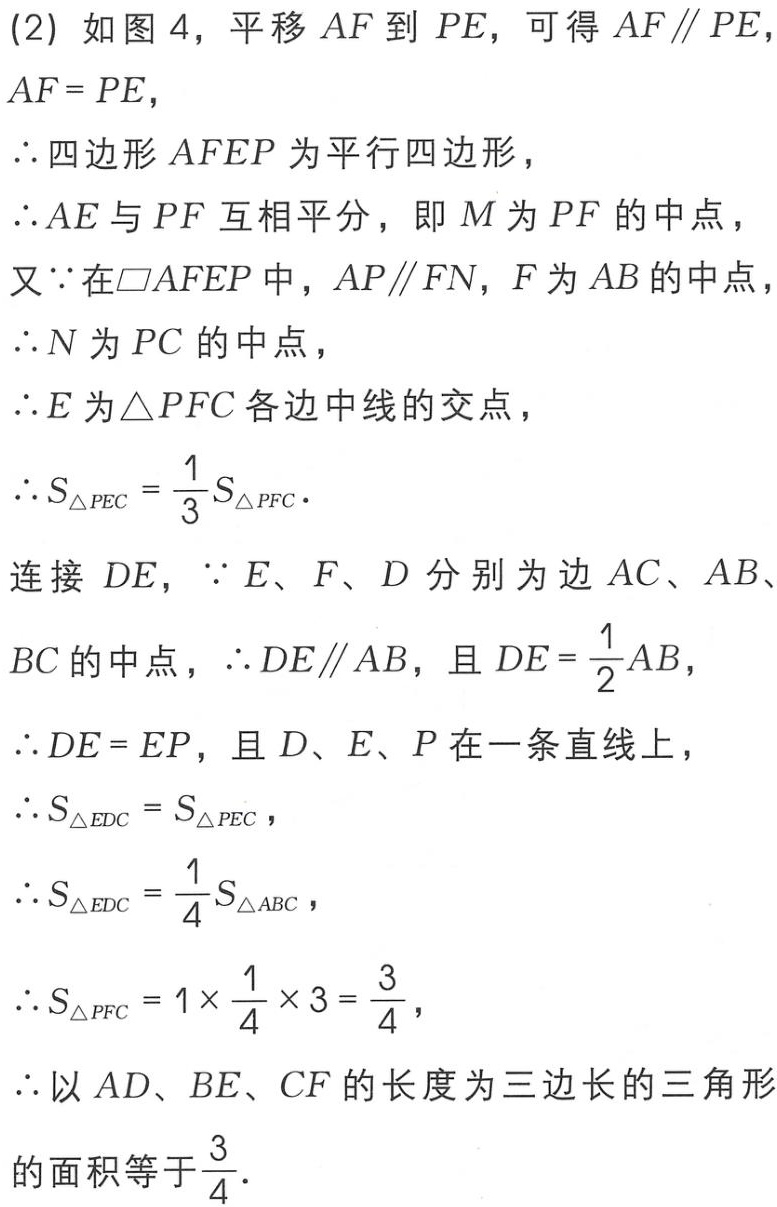
(2) 如图 4，平移 \(AF\) 到 \(PE\)，可得 \(AF\parallel PE\)，
\(AF = PE\)，
\(\therefore\) 四边形 \(AFEP\) 为平行四边形，
\(\therefore AE\) 与 \(PF\) 互相平分，即 \(M\) 为 \(PF\) 的中点，
又 \(\because\) 在 \(\square AFEP\) 中，\(AP\parallel FN\)，\(F\) 为 \(AB\) 的中点，
\(\therefore N\) 为 \(PC\) 的中点，
\(\therefore E\) 为 \(\triangle PFC\) 各边中线的交点，
\(\therefore S_{\triangle PEC}=\frac{1}{3}S_{\triangle PFC}\).
连接 \(DE\)，\(\because E\)、\(F\)、\(D\) 分别为边 \(AC\)、\(AB\)、
\(BC\) 的中点，\(\therefore DE\parallel AB\)，且 \(DE = \frac{1}{2}AB\)，
\(\therefore DE = EP\)，且 \(D\)、\(E\)、\(P\) 在一条直线上，
\(\therefore S_{\triangle EDC}=S_{\triangle PEC}\)，
\(\therefore S_{\triangle EDC}=\frac{1}{4}S_{\triangle ABC}\)，
\(\therefore S_{\triangle PFC}=1\times\frac{1}{4}\times3 = \frac{3}{4}\)，
\(\therefore\) 以 \(AD\)、\(BE\)、\(CF\) 的长度为三边长的三角形
的面积等于 \(\frac{3}{4}\).